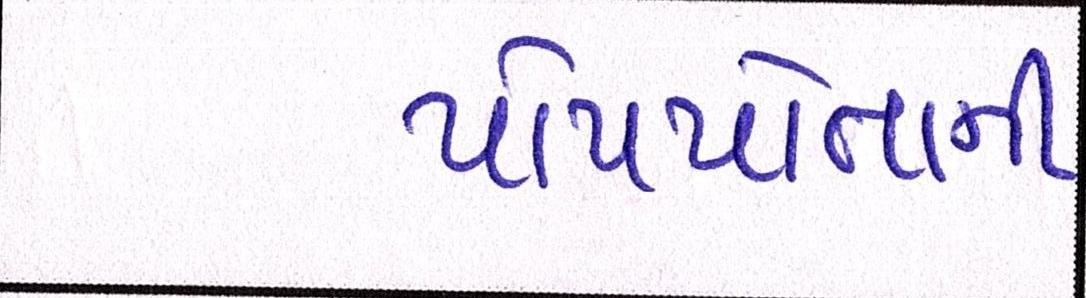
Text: પોતપોતાની